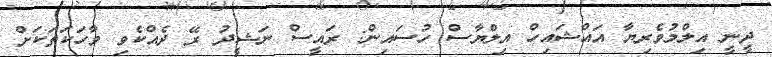
ދީނީ އިލްމުވެރިޔާ އައްޝައިހް އިލްޔާސް ހުސައިން: ރައީސް ނަޝީދު ރޭ ދެއްކެވި ވާހަކަތަކަށް